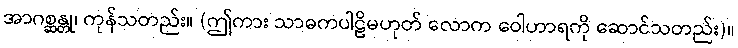
အာဂစ္ဆန္တု၊ ကုန်သတည်း။ (ဤကား သာဓကပါဠိမဟုတ် လောက ဝေါဟာရကို ဆောင်သတည်း)။